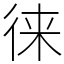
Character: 徕